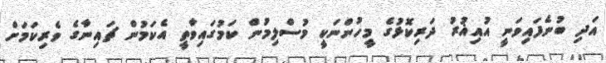
އަދި ބުނެފައިވަނީ އުއިޣުރު ދަރިކޮޅުގެ މީހުންނަކީ މުސްލިމުން ކަމުގައިވާތީ އެކަމުން ޗައިނާގެ ވެރިކަމަށް